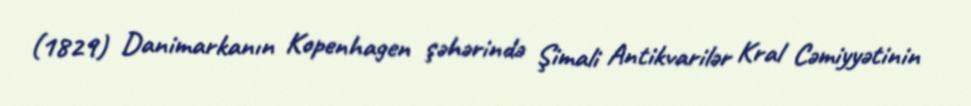
(1829) Danimarkanın Kopenhagen şəhərində Şimali Antikvarilər Kral Cəmiyyətinin